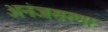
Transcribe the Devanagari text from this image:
अनंजसरणा